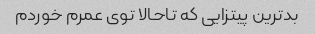
بدترین پیتزایی که تاحالا توی عمرم خوردم